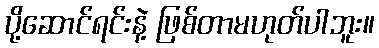
ပို့ဆောင်ရင်းနဲ့ ဖြစ်တာမဟုတ်ပါဘူး။